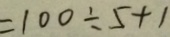
= 1 0 0 \div 5 + 1